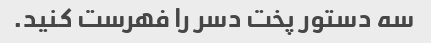
سه دستور پخت دسر را فهرست کنید.